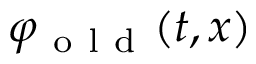
\varphi _ { \mathrm { ~ o ~ l ~ d ~ } } ( t , x )